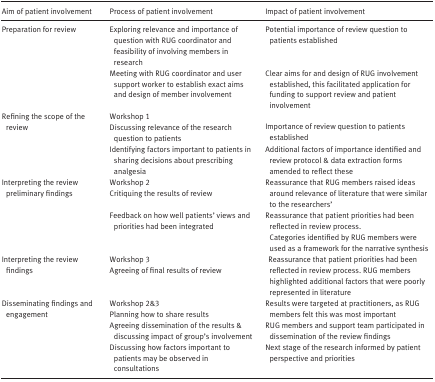
<table><thead><tr><td><b>Aim of patient involvement</b></td><td><b>Process of patient involvement</b></td><td><b>Impact of patient involvement</b></td></tr></thead><tbody><tr><td rowspan="2">Preparation for review</td><td>Exploring relevance and importance of question with RUG coordinator and feasibility of involving members in research</td><td>Potential importance of review question to patients established</td></tr><tr><td>Meeting with RUG coordinator and user support worker to establish exact aims and design of member involvement</td><td>Clear aims for and design of RUG involvement established, this facilitated application for funding to support review and patient involvement</td></tr><tr><td rowspan="2">Refining the scope of the review</td><td>Workshop 1Discussing relevance of the research question to patients</td><td>Importance of review question to patients established</td></tr><tr><td>Identifying factors important to patients in sharing decisions about prescribing analgesia</td><td>Additional factors of importance identified and review protocol &amp; data extraction forms amended to reflect these</td></tr><tr><td rowspan="2">Interpreting the review preliminary findings</td><td>Workshop 2Critiquing the results of review</td><td>Reassurance that RUG members raised ideas around relevance of literature that were similar to the researchers&#x27;</td></tr><tr><td>Feedback on how well patients&#x27; views and priorities had been integrated</td><td>Reassurance that patient priorities had been reflected in review process. Categories identified by RUG members were used as a framework for the narrative synthesis</td></tr><tr><td>Interpreting the review findings</td><td>Workshop 3Agreeing of final results of review</td><td> Reassurance that patient priorities had been reflected in review process. RUG members highlighted additional factors that were poorly represented in literature</td></tr><tr><td rowspan="3">Disseminating findings and engagement</td><td>Workshop 2&amp;3Planning how to share results</td><td>Results were targeted at practitioners, as RUG members felt this was most important</td></tr><tr><td>Agreeing dissemination of the results &amp; discussing impact of group&#x27;s involvement</td><td>RUG members and support team participated in dissemination of the review findings</td></tr><tr><td>Discussing how factors important to patients may be observed in consultations</td><td>Next stage of the research informed by patient perspective and priorities</td></tr></tbody></table>